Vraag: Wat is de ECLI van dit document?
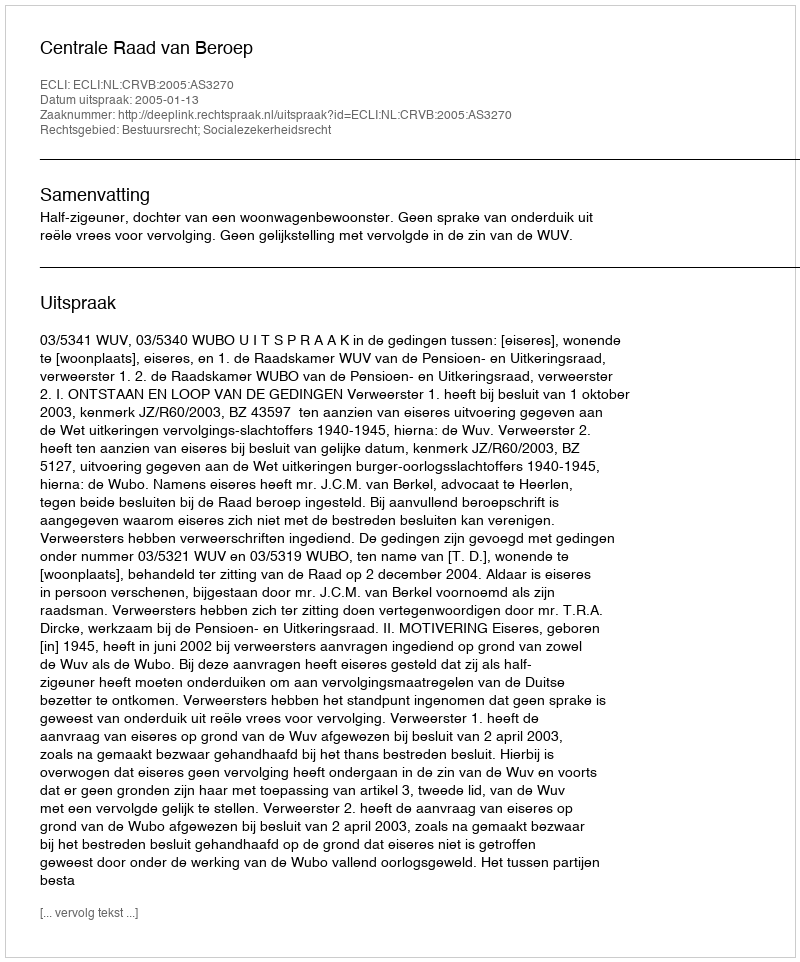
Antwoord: ECLI:NL:CRVB:2005:AS3270